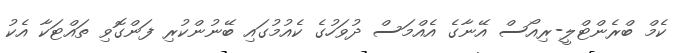
ކެމް ބްރެންޓްލީ-ރިއޯސް އޭނާގެ އެއްމަސް ދުވަހުގެ ކެއުމުގައި ބޭނުންކުރި ފަންގޮވި ތައްޓަކާ އެކު